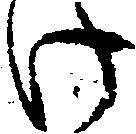
け